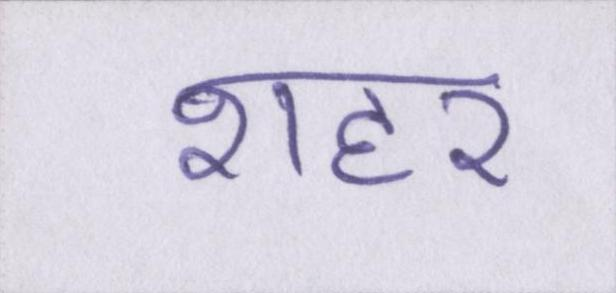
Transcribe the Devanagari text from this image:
शहर